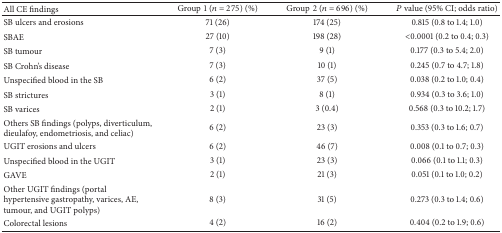
<table><thead><tr><td><b>All CE findings</b></td><td><b>Group1 (<i>n</i> = 275) (%)</b></td><td><b>Group2 (<i>n</i> = 696) (%)</b></td><td><b><i>P</i> value (95% CI; odds ratio)</b></td></tr></thead><tbody><tr><td>SB ulcers and erosions</td><td>71 (26)</td><td>174 (25)</td><td>0.815 (0.8 to 1.4; 1.0)</td></tr><tr><td>SBAE</td><td>27 (10)</td><td>198 (28)</td><td>&lt;0.0001 (0.2 to 0.4; 0.3)</td></tr><tr><td>SB tumour</td><td>7 (3)</td><td>9 (1)</td><td>0.177 (0.3 to 5.4; 2.0)</td></tr><tr><td>SB Crohn&#x27;s disease</td><td>7 (3)</td><td>10 (1)</td><td>0.245 (0.7 to 4.7; 1.8)</td></tr><tr><td>Unspecified blood in the SB</td><td>6 (2)</td><td>37 (5)</td><td>0.038 (0.2 to 1.0; 0.4)</td></tr><tr><td>SB strictures</td><td>3 (1)</td><td>8 (1)</td><td>0.934 (0.3 to 3.6; 1.0)</td></tr><tr><td>SB varices</td><td>2 (1)</td><td>3 (0.4)</td><td>0.568 (0.3 to 10.2; 1.7)</td></tr><tr><td>Others SB findings (polyps, diverticulum, dieulafoy, endometriosis, and celiac)</td><td>6 (2)</td><td>23 (3)</td><td>0.353 (0.3 to 1.6; 0.7)</td></tr><tr><td>UGIT erosions and ulcers</td><td>6 (2)</td><td>46 (7)</td><td>0.008 (0.1 to 0.7; 0.3)</td></tr><tr><td>Unspecified blood in the UGIT</td><td>3 (1)</td><td>23 (3)</td><td>0.066 (0.1 to 1.1; 0.3)</td></tr><tr><td>GAVE</td><td>2 (1)</td><td>21 (3)</td><td>0.051 (0.1 to 1.0; 0.2)</td></tr><tr><td>Other UGIT findings (portal hypertensive gastropathy, varices, AE, tumour, and UGIT polyps)</td><td>8 (3)</td><td>31 (5)</td><td>0.273 (0.3 to 1.4; 0.6)</td></tr><tr><td>Colorectal lesions</td><td>4 (2)</td><td>16 (2)</td><td>0.404 (0.2 to 1.9; 0.6)</td></tr></tbody></table>